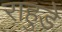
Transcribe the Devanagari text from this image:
राहुडे